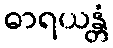
ဓာရယန္တံ